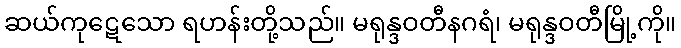
ဆယ်ကုဋေသော ရဟန်းတို့သည်။ မရုန္ဒဝတီနဂရံ၊ မရုန္ဒဝတီမြို့ကို။